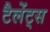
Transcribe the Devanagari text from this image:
टैलेंट्स